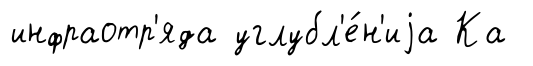
инфраотр'яда углубл'е́н'иjа Ка